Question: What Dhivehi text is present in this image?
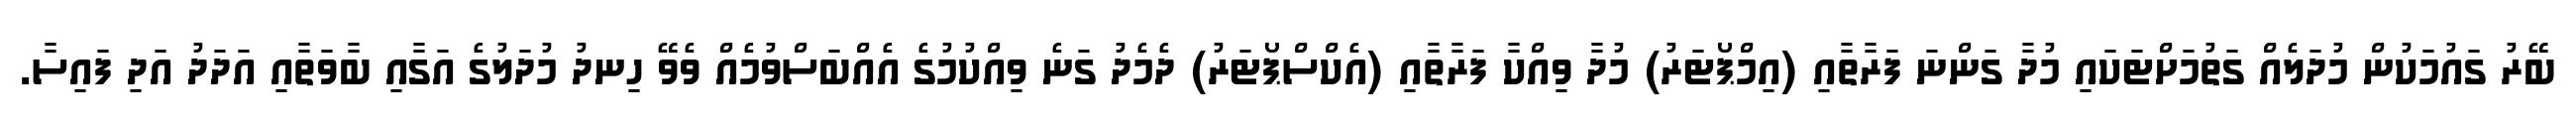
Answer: ބޭރު ގައުމަކުން މުދަލެއް ގަތުމަށްޓަކައި މުދާ ގަންނަ ފަރާތާއި (އިމްޕޯޓަރު) މުދާ ވިއްކާ ފަރާތާއި (އެކްސްޕޯޓަރު) ދެމެދު ގަނެ ވިއްކުމުގެ އެއްބަސްވުމެއް ވެވޭ ހިނދު މުދަލުގެ އަގާއި ބާވަތާއި އަދަދު އަދި ފައިސާ.